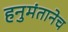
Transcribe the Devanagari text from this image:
हनुमंतानेच